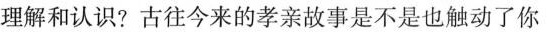
理解和认识?古往今来的孝亲故事是不是也触动了你